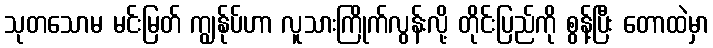
သုတသောမ မင်းမြတ် ကျွန်ုပ်ဟာ လူသားကြိုက်လွန်းလို့ တိုင်းပြည်ကို စွန့်ပြီး တောထဲမှာ